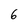
Character: 6